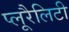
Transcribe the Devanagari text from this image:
प्लूरैलिटी